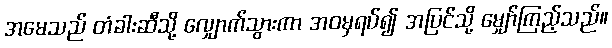
အမေသည် တံခါးဆီသို့ လျှောက်သွားကာ အဝမှရပ်၍ အပြင်သို့ မျှော်ကြည့်သည်။